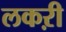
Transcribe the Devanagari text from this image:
लकऱी